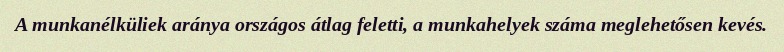
A munkanélküliek aránya országos átlag feletti, a munkahelyek száma meglehetősen kevés.